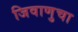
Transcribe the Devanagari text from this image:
जिवाणुचा